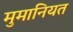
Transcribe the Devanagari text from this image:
मुमानियत